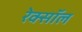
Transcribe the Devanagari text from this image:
रेक्सॉल